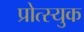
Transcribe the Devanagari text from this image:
प्रोत्स्युक